system: You are a helpful assistant.
user:
Analyze the provided spectrum to determine if it is a **White Dwarf (WD)**.

A White Dwarf spectrum is defined by its **extreme purity** (due to gravitational settling) and/or **extreme pressure broadening** (due to high surface gravity). You must check for one of the following mutually exclusive signatures:

- **Key Visual Indicators (Check for ONE of these types):**

    - **1. DA-Type Signature (Most Common):**
        - **(Primary Feature):** Extreme pressure broadening (Stark broadening) of the **Hydrogen (H) Balmer lines**.
        - **(Key Lines):** $H\beta$ (approx. $4861$ Å) and $H\gamma$ (approx. $4340$ Å). $H\alpha$ (approx. $6563$ Å) will also be present if the wavelength range covers it.
        - **(Line Profile):** This is the **defining feature**. The lines are **NOT** sharp. They appear as massive, **extremely broad and deep "troughs" or "dips"** in the spectrum, often hundreds of Ångströms wide. The continuum will appear to "scoop" down at these wavelengths.
        - **(Distinction):** Normal A-type or B-type stars have *narrow* and *sharp* Hydrogen lines. A DA White Dwarf's lines are unmistakably "smeared" or "blurry" from pressure.

    - **2. DB-Type Signature:**
        - **(Primary Feature):** Broad absorption lines from **Neutral Helium (He I)**. The spectrum must lack any visible Hydrogen lines.
        - **(Key Lines):** Look for broad absorption near $4471$ Å, $4921$ Å, and $5876$ Å.
        - **(Line Profile):** These lines are also significantly pressure-broadened, appearing much wider than they would in a normal B-type main-sequence star.

    - **3. DC-Type Signature:**
        - **(Primary Feature):** A **featureless continuous spectrum**.
        - **(Line Profile):** The spectrum is a smooth curve with **no significant absorption or emission lines**.
        - **(Key Confirmation):** The continuum is almost always **blue or white**, indicating a hot object. This signature implies the atmosphere is so pure (or so cool) that no spectral lines are visible in the optical range. Its WD identity is confirmed by its extremely low intrinsic brightness (high absolute magnitude).

    - **4. DZ-Type Signature (Metal-Polluted):**
        - **(Primary Feature):** **Isolated, narrow metal absorption lines** on an otherwise featureless (DC-like) continuum.
        - **(Key Lines):** The **Calcium (Ca II) H & K doublet** (approx. **$3934$ Å** and **$3968$ Å**) is the most common and defining feature.
        - **(Line Profile):** These lines are "out of place." They are *not* part of a "forest" of thousands of lines. This signature is evidence of recent *accretion* (pollution) from rocky debris.
        - **(Distinction):** Normal G/K/M stars have a *dense forest* of thousands of metal lines. A DZ has a *clean* continuum with *only a few* strong metal lines.

    - **5. DQ-Type Signature (Carbon-Polluted):**
        - **(Primary Feature):** Absorption bands from **Carbon (C₂ "Swan Bands" or atomic C I)**.
        - **(Key Lines - C₂):** Look for bandheads with a "saw-tooth" shape near $5635$ Å, **$5165$ Å** (strongest), and $4737$ Å.
        - **(Key Confirmation):** The underlying **continuum must be blue or white** (hot).
        - **(Distinction):** This is the critical difference from a **Carbon Star**, which has the *exact same* C₂ bands but on an extremely **red, cool** continuum.

- **(Overall Spectrum):**
    - The continuum (overall shape) is typically **blue-sloping** (brighter in the blue than the red), as most white dwarfs are very hot.
    - The spectrum will look "pure" or "simple," dominated by only *one* of the five signatures listed above.

Think first, call **spectral_visualization_tool** if needed to examine features in detail, then provide your final answer. Your response must adhere to the following strict rules:
1.  **Overall Structure:** Your response must follow the format `<think>...</think> <tool_call>...</tool_call> (if a tool is used) <answer>...</answer>`.
2.  **Tool Usage Constraint:** You may only make **one** tool call per turn.
3.  **Final Answer Format:** In the `<answer>` tag, your conclusion must be inside a `\boxed{}` command (e.g., `\boxed{YES}` or `\boxed{NO}`), followed by your justification.

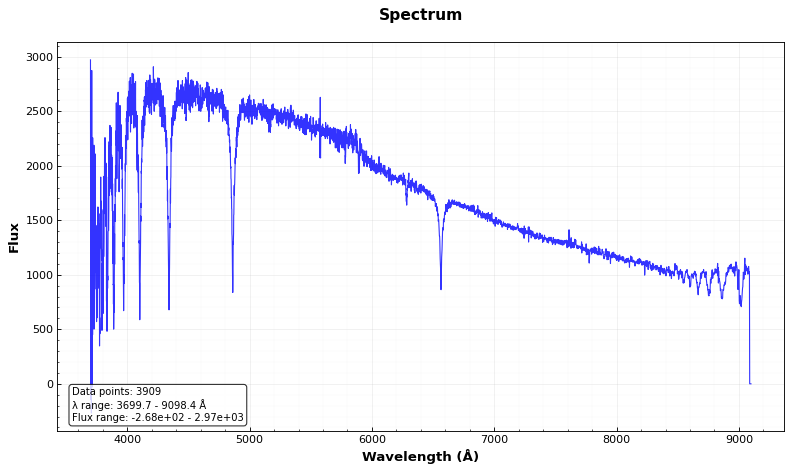
Answer: NO